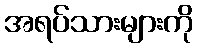
အရပ်သားများကို